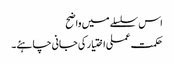
اس سلسلے میں واضح
حکمت عملی اختیار کی جانی چاہئے۔